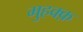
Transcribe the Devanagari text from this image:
मुहक्क़